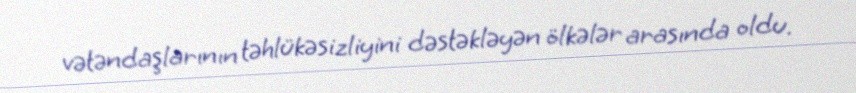
vətəndaşlarının təhlükəsizliyini dəstəkləyən ölkələr arasında oldu.